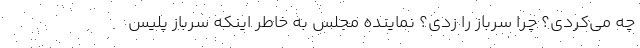
چه می‌کردی؟ چرا سرباز را زدی؟ نماینده مجلس به خاطر اینکه سرباز پلیس